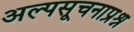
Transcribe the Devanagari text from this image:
अल्पसूचनाप्रश्न